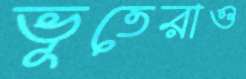
ভূতেরাও